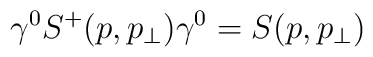
\gamma^0 S^+(p,p_\perp)\gamma^0=S(p,p_\perp)